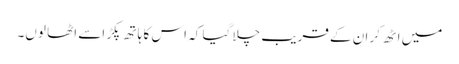
میں اٹھ کر ان کے قریب چلا گیا کہ اس کا ہاتھ پکڑ اسے اٹھا لوں۔